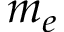
m _ { e }